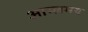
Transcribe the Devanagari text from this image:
आम्लमय